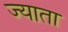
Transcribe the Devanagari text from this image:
ज्याता